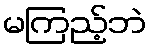
မကြည့်ဘဲ